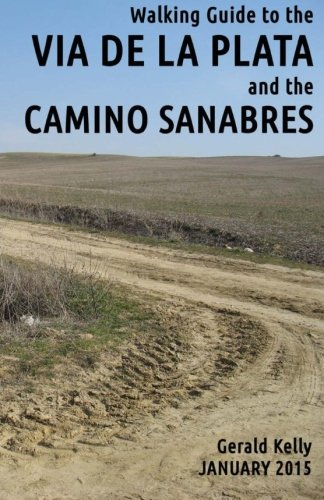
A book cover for Walking Guide to the VIA DE LA PLATA and the CAMINO SANABRES: from Seville to Santiago and Astorga; Mr Gerald Kelly; Travel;